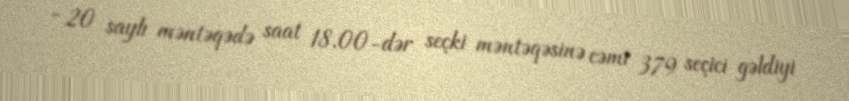
- 20 saylı məntəqədə saat 18.00-dər seçki məntəqəsinə cəmi 379 seçici gəldiyi